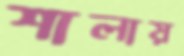
শালায়